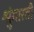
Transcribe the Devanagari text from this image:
श्रुंगारती